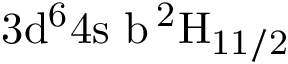
\mathrm { 3 d ^ { 6 } 4 s \ b \, ^ { 2 } H _ { 1 1 / 2 } }